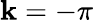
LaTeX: \mathbf{k}=-\pi